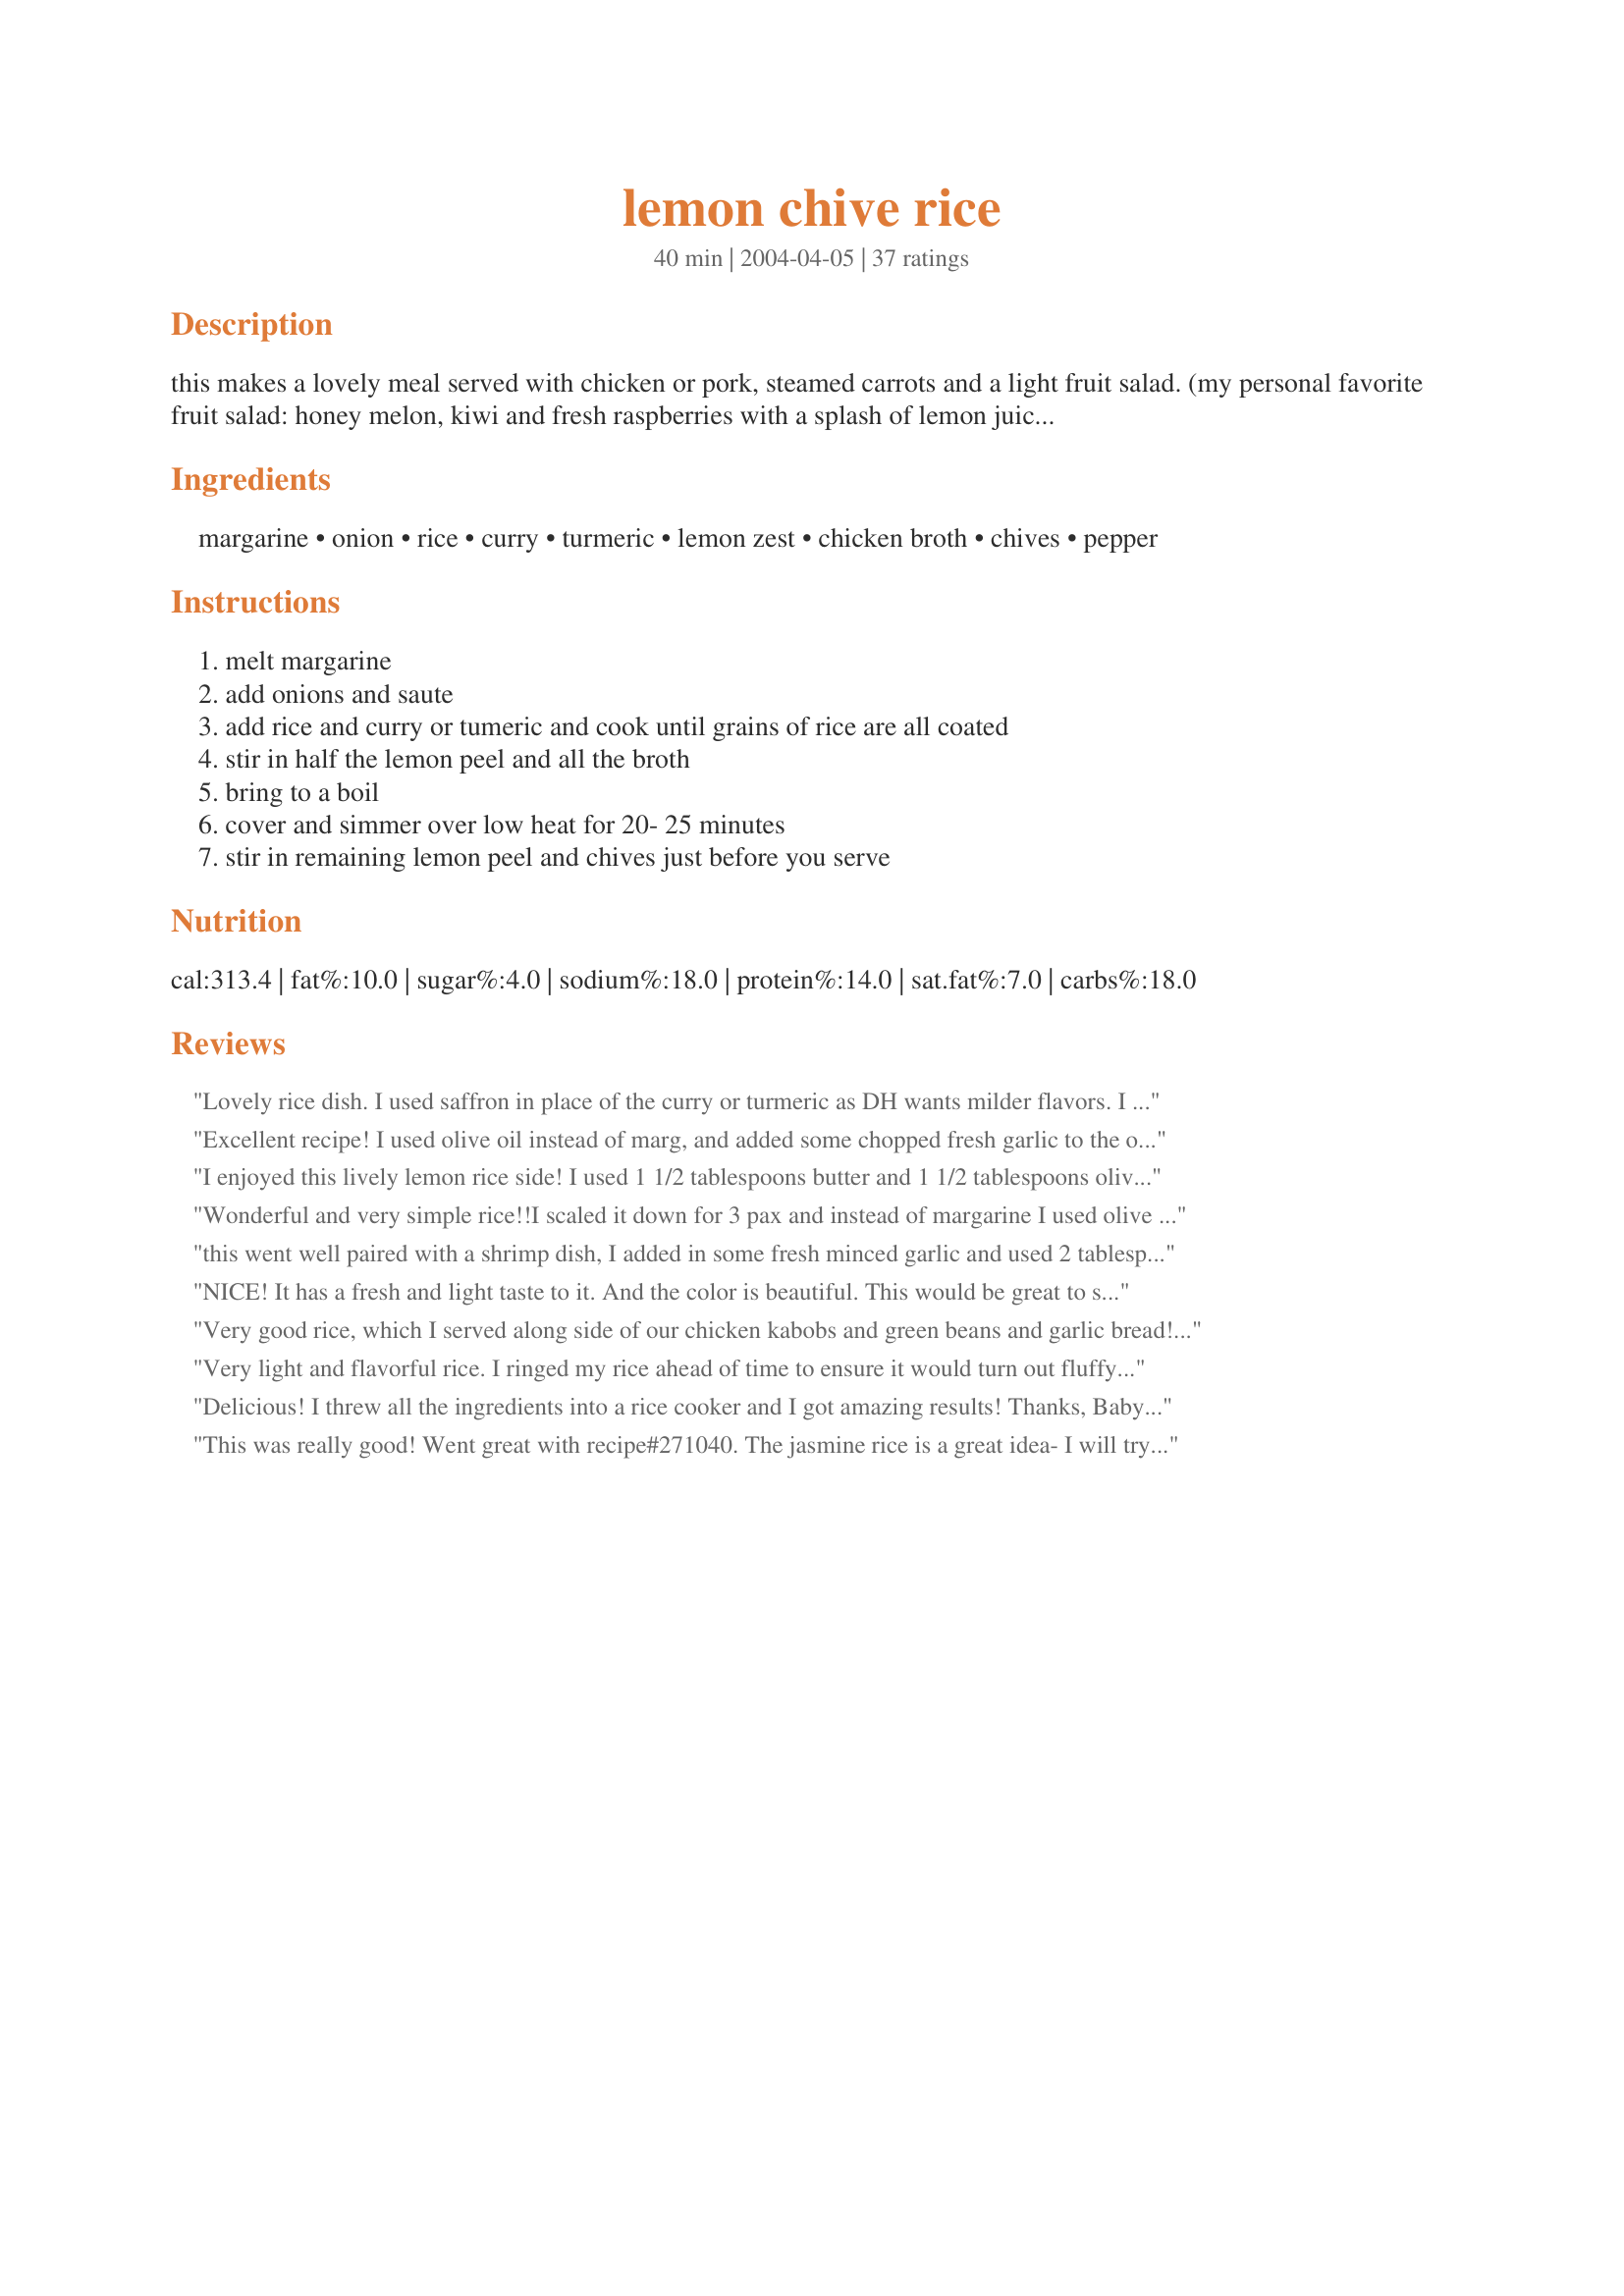
lemon chive rice
Preparation time: 40 minutes

this makes a lovely meal served with chicken or pork, steamed carrots and a light fruit salad. (my personal favorite fruit salad: honey melon, kiwi and fresh raspberries with a splash of lemon juice and a sprinkling of vanilla sugar).

Ingredients:
margarine, onion, rice, curry, turmeric, lemon zest, chicken broth, chives, pepper

Steps:
melt margarine, add onions and saute, add rice and curry or tumeric and cook until grains of rice are all coated, stir in half the lemon peel and all the broth, bring to a boil, cover and simmer over low heat for 20- 25 minutes, stir in remaining lemon peel and chives just before you serve

Reviews:
Lovely rice dish. I used saffron in place of the curry or turmeric as DH wants milder flavors. I made a smaller amount using 2/3 cup of jasmine rice and 1 1/2 cups of chicken stock and I used the juice from a large lemon wedge. This made a beautifully rich yet delicate rice.
Excellent recipe! I used olive oil instead of marg, and added some chopped fresh garlic to the onions and tumeric and basmati rice. This one is a keeper, thank you for sharing.
I enjoyed this lively lemon rice side! I used 1 1/2 tablespoons butter and 1 1/2 tablespoons olive oil, red onion and both full amounts of the curry and tumeric, did replace the chives with scallions. Thanks you!
Wonderful and very simple rice!!I scaled it down for 3 pax and instead of margarine I used olive oil and butter everyone loved it.Served with http://www.recipezaar.com/Flaming-Garlic-and-Whisky-Gambas-King-Prawns-Giant-Shrimp-269315.Thank you baby kato
this went well paired with a shrimp dish, I added in some fresh minced garlic and used 2 tablespooons butter and 1 teaspoon olive oil in place of the margarine and lots of fresh ground black pepper, thanks for sharing Baby K!
NICE! It has a fresh and light taste to it. And the color is beautiful. This would be great to serve to guest. It went wonderful with my grilled chicken. I used both curry and tumeric. The curry has a tiny bit of after taste. So the next time, I will just use turmeric. I also added about 1/4 cup of fresh lemon juice. Dont' leave out the lemon zest. It made the rice tastes fresh. Very good. It is a keeper. Thank you for your recipe.
Very good rice, which I served along side of our chicken kabobs and green beans and garlic bread!! I added some lemon juice with the broth for more lemon flavor and we really enjoyed the rice. Thanks for sharing the recipe. Made for Holiday Tag Game.
Very light and flavorful rice. I ringed my rice ahead of time to ensure it would turn out fluffy. I used shallots and turmeric since I am not a huge fan of curry. I did also add a little salt but otherwise wouldn't change a thing. Served with grilled pork tenderloin and fresh green beans. Made for Everyday Holiday.
Delicious! I threw all the ingredients into a rice cooker and I got amazing results! Thanks, Baby Kato! Made for Best of 2012 tag game courtesy of Mikekey.
This was really good! Went great with recipe#271040. The jasmine rice is a great idea- I will try that next time. Seems like alot of ingredients, but actually goes together fast. Thanks for ANOTHER sidedish idea!!
This rice is top notch! I opted for the turmeric instead of curry, as we are not all that crazy about curry dishes. We had it along side peas with mushrooms and steak on the grill. So darn good!
I used Jasmine rice and it was so good. Loved the lemon along with the mix of other flavors. Delicious!
I used olive oil. Since I don't like curry, I used turmeric. I used dried parsley instead of chives. Thanks Baby Kato for a delicious rice. Made for Zaar Star Game.
When I saw this recipe, I knew I had to try it. The chives are going crazy in the garden, and there are always lemons on the lemon tree. This has great flavor and is a nice change of pace from plain white rice. We loved it.
Even DH the proclaimed rice-hater liked this dish. I sauteed some matchstick carrots with the onions and stirred in green peas just before serving to make this an all-in-one side dish. Not a curry eater, I used the turmeric to give the rice a beautiful color and finished it off with fresh chives. The lemon really shines through. Thanks for sharing your easy and tasty recipe!
Nice side dish. I reduced the serving size to 4 and increased the curry to 1 tsp. We love curry. Really liked the lemon addition. Made for Everyday Holiday Tag game. :)
Delicious! I am one who often chooses a rice dish with the main course when eating out - this is so similar to one of my favorites! The addition of curry along with the turmeric gives this a beautiful color. The combination of seasonings made for great aroma and taste. Other then using freeze dried chives instead of fresh which I didn't happen to have on hand - I made as posted using Basmati rice and wouldn't change a thing. No left overs with this one. Thank you BK - the recipe is in my file right along with the repeatables.
Great tasty way to serve rice!! Didn't add too much onions as I was bringing the leftover for lunch the next day!! and used turmeric instead of curry for a nice change!! Thanks BK! :)
Tasty rice, went well with our fish and salad. I didn't have chives (all dead!) so used green onions instead. I used the rice cooker. Will make again!
This is a WONDERFUL rice! So easy to make, pretty and aromatic to the nose and mouth. I used red onion, jasmine rice and the curry option. I also used 2 tbsp butter, 1 tbsp olive oil. This is just fine as is but I may try adding lemon juice in the future for a more intense lemon taste. I served this with recipe#132765 and recipe#168890 for a delicious lemony meal.
Thank you so much for sharing this easy to make and delicious recipe, Baby Kato! A truly wonderful blend of flavours which for me qualifies this as an often-to-be-made recipe. I made a few small changes, using 1/2 butter and 1/2 olive oil in place of the margarine - as I prefer the flavours of these - and I added some finely minced garlic (a must-include ingredient for me). I used turmeric rather than curry and just slightly reduced the amount of chicken broth so that I could squeeze in some lemon juice (about two teaspoons). I also added a cup of sliced mushrooms in step two. We thoroughly enjoyed this rice with Miss Annie's Orange Cinnamon Chicken
Recipe #48265. This recipe could be also be made as a delicious stand alone light meal simply by adding some more vegetables, or by adding both your favourite vegetables and, for example, a can of salmon. I'll certainly be making this recipe in different ways such as this in future. I'm thinking peppers, and perhaps kalamata olives. Made for Zaar Stars Tag.
Excellent lemony rice! I added both the curry and the turmeric, and it turned out very tasty. Yummy! Thanks BK!
Yummy! I did not have chives so omitted. I followed the directions but used my rice cooker and butter instead of margarine with the tumeric option, and it turned out quick and delicious. I will be making this again. The aroma was intoxicating and taste was delicate and mild. Beautiful color. I used 2 cups of jasmine rice and one can of chicken broth. Perfect. THANK YOU.
After trying a lemon pasta recipe recently (Stacky5LRC's Lemon Spaghetti Recipe #125120) as well as this, I'm coming to realize that lemon makes a dynamite combination with starches. The combination with curry powder is unusual and very tasty. I used low sodium chicken bouillon for the broth, but the curry powder, turmeric and chives kept it from being bland. As I'm on a very low sodium diet right now, this will be an excellent recipe for me to make many times over this summer. Thanks, Gerry!
Very nice rice. Even with the curry, it was very mild. I served it with some blackened fish....delicious! Made for Zaar Stars tag game.
it smelt nice as cooking but i thought it needed more lemon in it and added 3 tablespoons of lemon juice. Terrific.
This is sooooooo delicious! It brings you running to the table:-)!! I have just finished making it and tasted the first spoon - mmmmm so so good!!! I used was Pure Wesson Canola oil instead of margarine. I also used Maggi vegetable broth with onions instead of chicken broth. Thanks so much for a nice side dish!!
This was a lovely rice dish and really was a change from just plain rice.
Yummy, wonderful flavour and very simple. I couldn't find fresh chives :( So I had to leave it out, but I did use garnish of corriander, the lemon flavour in this was wonderful (I'm a lemon fan). I used turmeric and it gave such wonderful colour, I wanted to use curry but Little Miss (DD) wouldn't complained about the spice's. I will be making this again but trying it in the rice cooker. Thank you Baby Kato
You really can&#039;t go wrong with any recipe that has curry, and this one was no exception. I followed the recipe exactly other than using about a tsp of curry and using homemade vegetable broth. My rice was cooked a tad too long so it was a bit sticky, but that was my fault. Flavor was fabulous.
This is fabulous, thank you. I cooked entirely in my rice cooker and it worked perfectly. Used the turmeric option.
Delicate and delicious flavor without being overbearing. I did use a bit more curry and lemon than called for as I like both flavors and a lot of spice, but I didn't over-do and it was delightful. My MIL visiting enjoyed it as did my kids - what a versatile dish - great to compliment so many meals - I would make this for guests or even for a potluck etc! Great recipe BK!! You did it again! ;)
Wonderful! I made this as directed and served with recipe#200074#200074 and a green salad and we had a suburb meal! Made for Herb & Spice of the Month -- Chives tag game. Thank you for a wonderful recipe and one I will make again.
I made this recipe for a friend. Of course you try new recipes out on friends. Instead of curry or tumeric I used italian seasoning. It was fabulous!! I love this it went great with the fish I made. Baby Kato, thanks for posting this recipe, it is a great change from the norm.
I made this using the turmeric option. I also used fresh garlic chives. DD didn't care for it at all, but the rest of us really enjoyed it. Served as a side to the sal on we had for dinner.
Delicious, and no harder to make than regular steamed rice. Went very well with a roasted chicken. Will be making this often (would be very good with fish).
I usually do not like anything with curry in it...but I really liked this recipe....I cut the curry in half and added some shredded carrots and it was wonderful...and such a great color.. Thank you for such a nice recipe.
